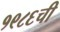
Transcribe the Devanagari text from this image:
१९८६ची